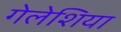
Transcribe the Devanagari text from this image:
गेलेशिया